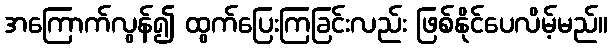
အကြောက်လွန်၍ ထွက်ပြေးကြခြင်းလည်း ဖြစ်နိုင်ပေလိမ့်မည်။